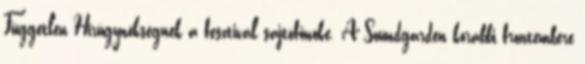
Független Hírügynökségnek a fesztivál sajtófőnöke. A Soundgarden korábbi frontembere